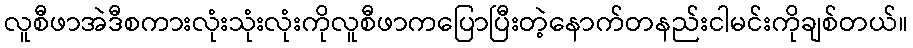
လူစီဖာအဲဒီစကားလုံးသုံးလုံးကိုလူစီဖာကပြောပြီးတဲ့နောက်တနည်းငါမင်းကိုချစ်တယ်။